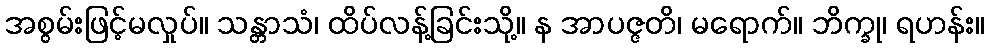
အစွမ်းဖြင့်မလှုပ်။ သန္တာသံ၊ ထိပ်လန့်ခြင်းသို့။ န အာပဇ္ဇတိ၊ မရောက်။ ဘိက္ခု၊ ရဟန်း။